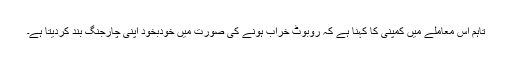
تاہم اس معاملے میں کمپنی کا کہنا ہے کہ روبوٹ خراب ہونے کی صورت میں خودبخود اپنی چارجنگ بند کردیتا ہے۔